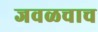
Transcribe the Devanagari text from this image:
जवळचाच